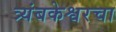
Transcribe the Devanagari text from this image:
त्र्यंबकेश्वरचा